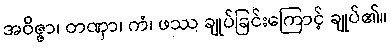
အဝိဇ္ဇာ၊ တဏှာ၊ ကံ၊ ဖဿ ချုပ်ခြင်းကြောင့် ချုပ်၏။